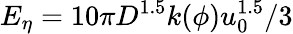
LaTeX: {{E}_{\eta}}=10\pi{{D}^{1.5}}k(\phi)u_{0}^{1.5}/3